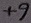
Text: +9